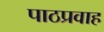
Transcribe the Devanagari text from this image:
पाठप्रवाह